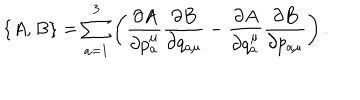
LaTeX: \{ A , B \} = \sum _ { a = 1 } ^ { 3 } \left( \frac { \partial A } { \partial { p _ { a } ^ { \mu } } } \frac { \partial B } { \partial { q _ { a \mu } } } - \frac { \partial A } { \partial { q _ { a } ^ { \mu } } } \frac { \partial B } { \partial { p _ { a \mu } } } \right) .